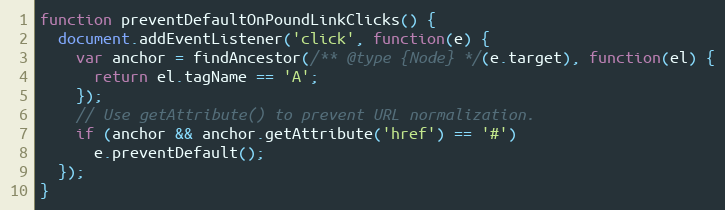
Language: JavaScript
function preventDefaultOnPoundLinkClicks() {
  document.addEventListener('click', function(e) {
    var anchor = findAncestor(/** @type {Node} */(e.target), function(el) {
      return el.tagName == 'A';
    });
    // Use getAttribute() to prevent URL normalization.
    if (anchor && anchor.getAttribute('href') == '#')
      e.preventDefault();
  });
}